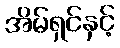
အိမ်ရှင်နှင့်